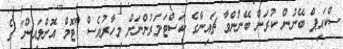
ސްކައިޕް ބޭނުން ކުރަން ބޭނުންވާ ޗައިނާގެ ކަސްޓަމަރުންނަށް މިހާރުވެސް "ޓޮމް އޮންލައިން" ގެ